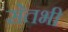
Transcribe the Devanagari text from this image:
सेतभी